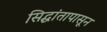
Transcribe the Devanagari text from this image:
सिद्धांतापासून